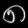
Digit: ၈